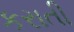
કરાતી